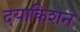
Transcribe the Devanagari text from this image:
दयाकिशन